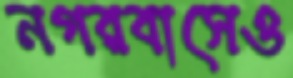
নগরবাসেও